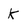
Character: k